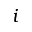
i